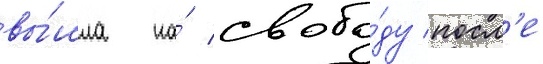
вы́шла на́ свобо́ду посл'е